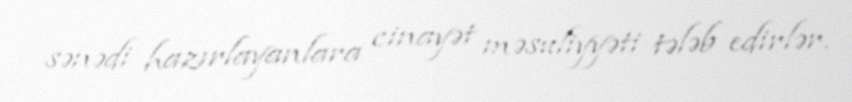
sənədi hazırlayanlara cinayət məsuliyyəti tələb edirlər.